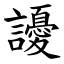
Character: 䜡